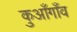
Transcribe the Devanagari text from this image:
कुआँगाँव